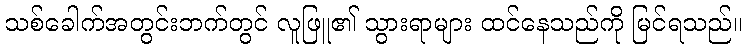
သစ်ခေါက်အတွင်းဘက်တွင် လူဖြူ၏ သွားရာများ ထင်နေသည်ကို မြင်ရသည်။